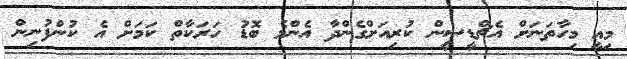
މިއީ މިހާތަނަށް އެޗްޑީސީން ކުރިއަށްގެންދާ އެންމެ ބޮޑު ހަރަކާތް ކަމަށް އެ ކުންފުނިން